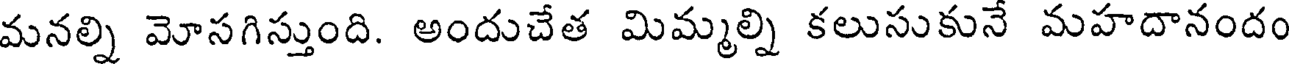
మనల్ని మోసగిస్తుంది. అందుచేత మిమ్మల్ని కలుసుకునే మహదానందం